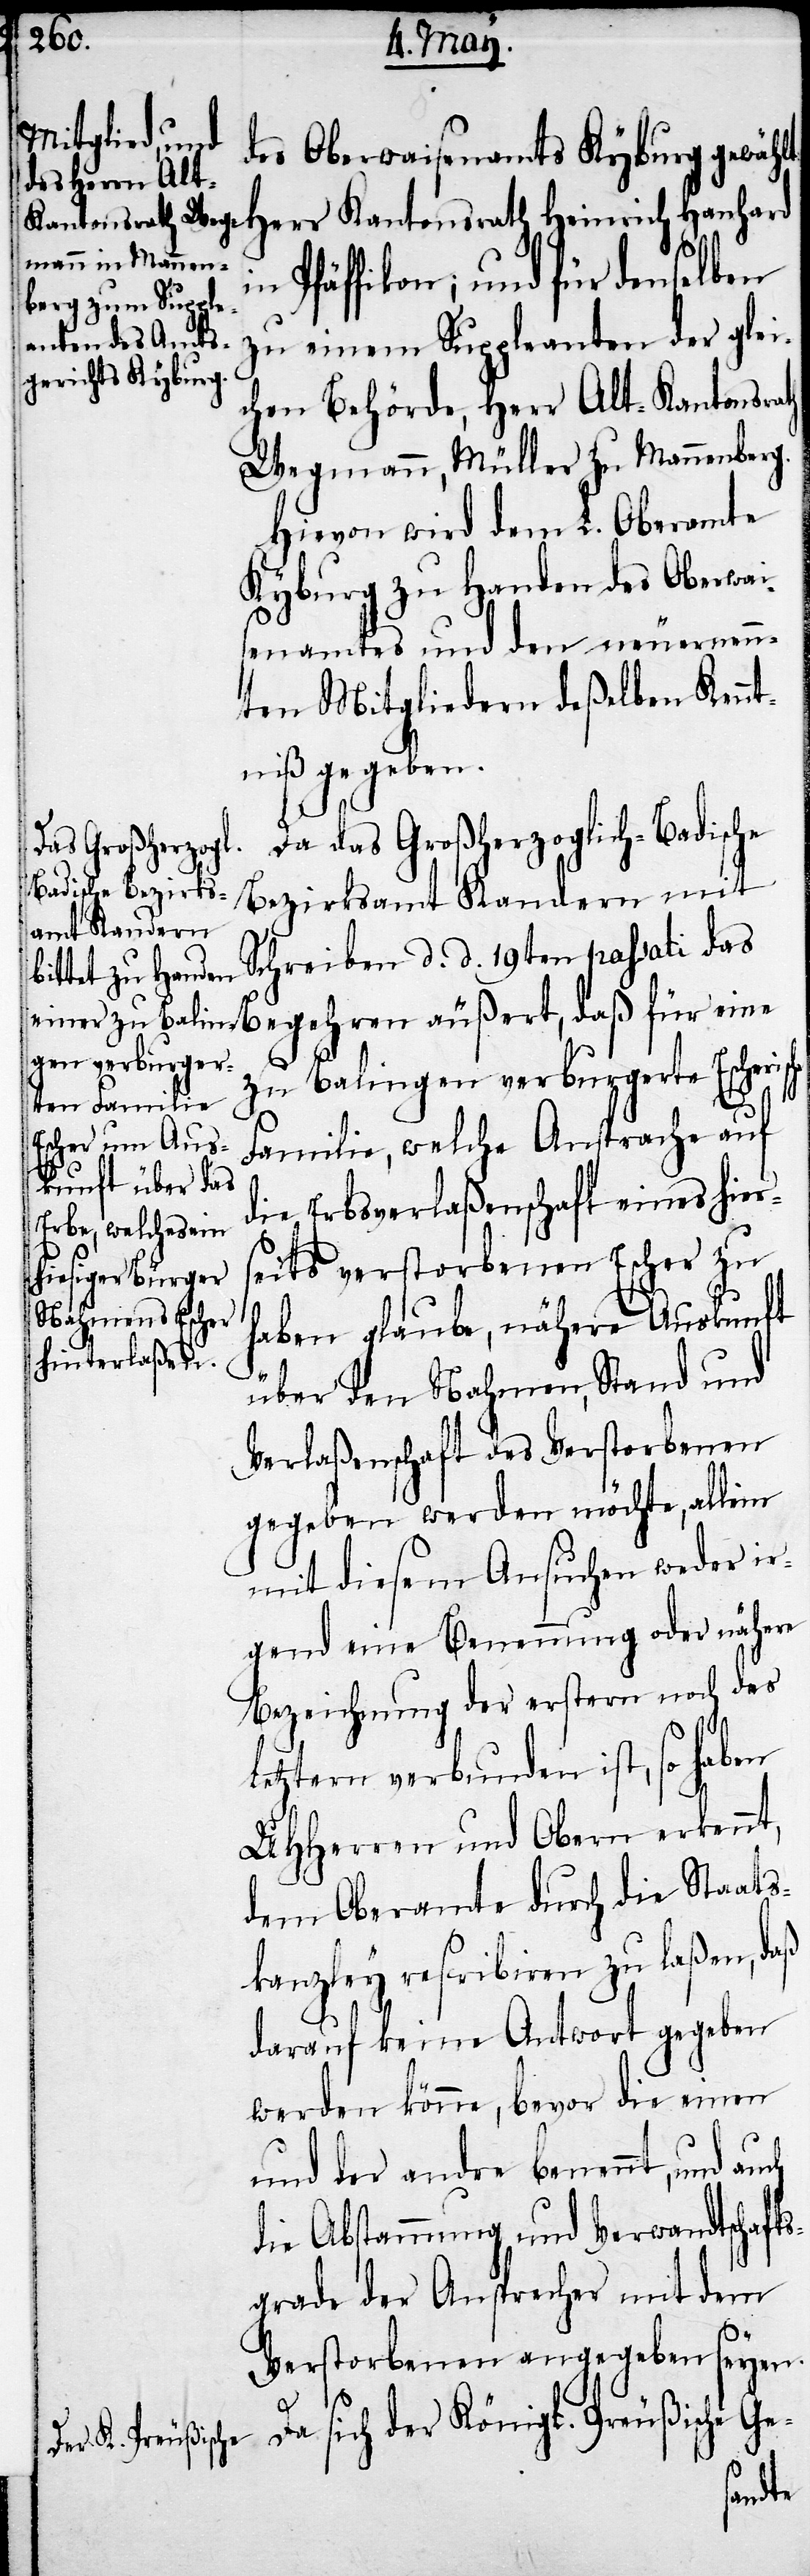
Kyburg gewählt Herr Kantonsrath Heinrich Hanhard
in Pfäffikon; und für denselben
zu einem Suppleanten der glei¬
chen Behörde, Herr Alt-Kantonsrath
Wegmann, Müller zu Mannenberg.
Hievon wird dem L. Oberamte
Kybrug zu Handen des Oberwai¬
senamtes und den neuernenn¬
ten Mitgliedern deßelben Kennt¬
niß gegeben.
Da das Großherzoglich-Badische
Bezirksamt Kandern mit
Schreiben d. d. 19ten passati das
zu Balingen verburgerte Escherisc¬
ch
Familie, welche Ansprache auf
die Erbsverlaßenschaft eines hier¬
seits verstorbenen Escher zu
haben glaube, nähere Auskunft
über den Nahmen, Stand und
Verlaßenschaft des Verstorbenen
gegeben werden möchte, allein
mit diesem Ansuchen weder ir¬
gend eine Benennung oder nähere
Bezeichnung der erstern noch des
letztern verbunden ist, so haben
UHHerren und Obern erkennt,
dem Oberamte durch die Staats¬
kanzley rescribiren zu laßen, daß
darauf keine Antwort gegeben
werden könne, bevor die einen
und der andre benennt, und au¬
die Abstammung und Verwandtschaft¬
sgrade der Ansprecher mit dem
Verstorbenen angegeben seyen.
Da sich der Königl. Preußische Ge-
eine